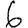
Digit: 6